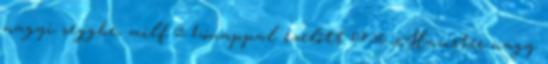
nagyi seggbe, milf 2 hónappal ezelőtt 04:56 xHamster nagy